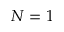
N = 1